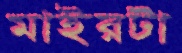
মাইরটা